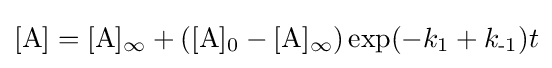
[\mathrm {A} ]=[\mathrm {A} ]_{\infty }+([\mathrm {A} ]_{\text{0}}-[\mathrm {A} ]_{\infty })\exp(-k_{\text{1}}+k_{\text{-1}})t